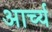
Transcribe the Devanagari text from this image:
आर्च्य